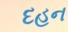
દહન